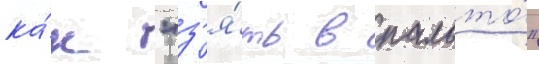
ка́к "з'я́ть в пальто́"